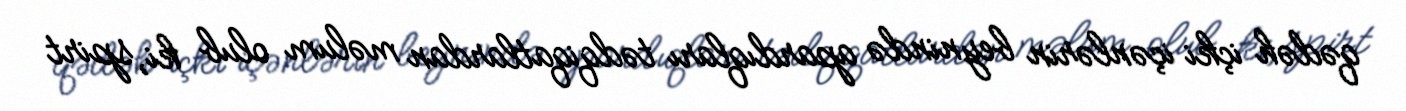
qədəh içki içənlərin beynində apardıqları tədqiqatlardan məlum olub ki, spirt